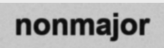
nonmajor